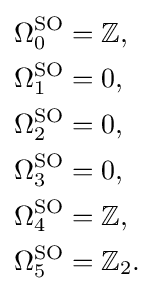
{\begin{aligned}\Omega _{0}^{\text{SO}}&=\mathbb {Z} ,\\\Omega _{1}^{\text{SO}}&=0,\\\Omega _{2}^{\text{SO}}&=0,\\\Omega _{3}^{\text{SO}}&=0,\\\Omega _{4}^{\text{SO}}&=\mathbb {Z} ,\\\Omega _{5}^{\text{SO}}&=\mathbb {Z} _{2}.\end{aligned}}